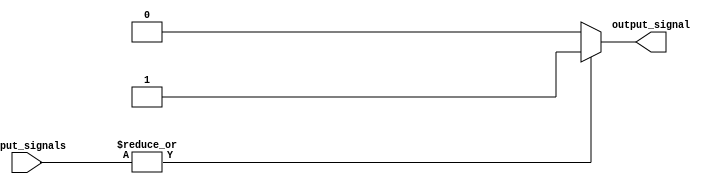
module sixteen_input_or_gate(
    input [15:0] input_signals,
    output reg output_signal
);

always @(*) begin
    if (|input_signals)
        output_signal = 1'b1;
    else
        output_signal = 1'b0;
end

endmodule